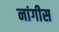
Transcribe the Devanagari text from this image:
नांगीस